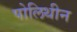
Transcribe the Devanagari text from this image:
पोलिथीन